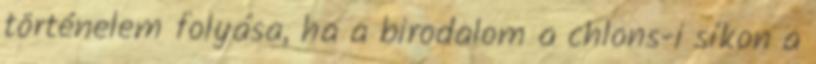
történelem folyása, ha a birodalom a chlons-i síkon a